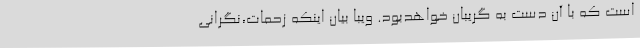
است که با آن دست به گریبان خواهدبود. ویبا بیان اینکه زحمات،نگرانی